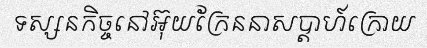
ទស្សនកិច្ចនៅអ៊ុយក្រែននាសប្តាហ៍ក្រោយ